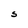
Character: S